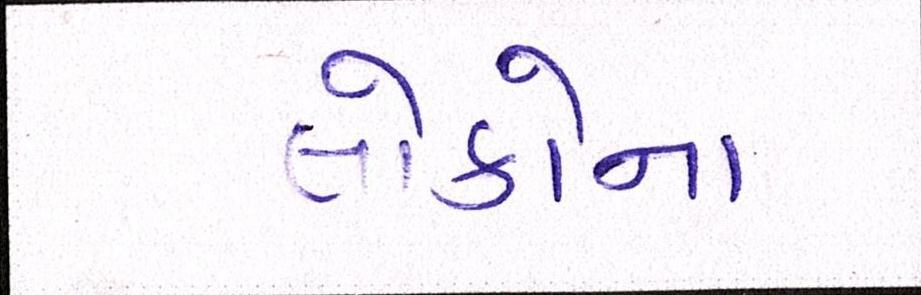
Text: લોકોના